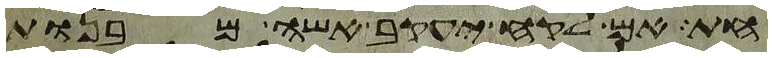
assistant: חת אם לקח יעקב אשה מבנות